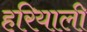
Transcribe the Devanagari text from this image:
हरियाली